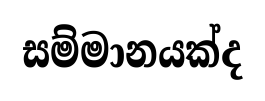
සම්මානයක්ද